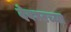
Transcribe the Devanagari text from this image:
देवघरच्या